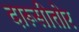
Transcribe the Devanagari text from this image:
दारूसीतोर